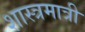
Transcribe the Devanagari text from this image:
शास्त्रमात्री